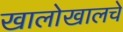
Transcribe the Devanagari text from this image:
खालोखालचे